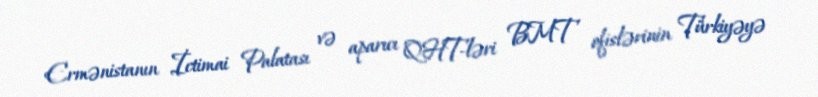
Ermənistanın İctimai Palatası və aparıcı QHT-ləri BMT ofislərinin Türkiyəyə